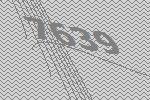
7639